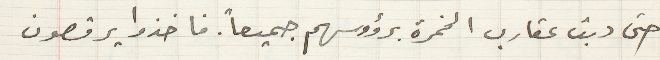
حتى دبت عقارب الخمرة برؤوسهم جميعاً. فاخذوا يرقصون